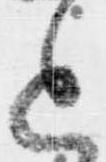
上